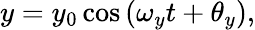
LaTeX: y=y_{0}\cos{(\omega_{y}t+\theta_{y})},